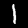
Label: 1